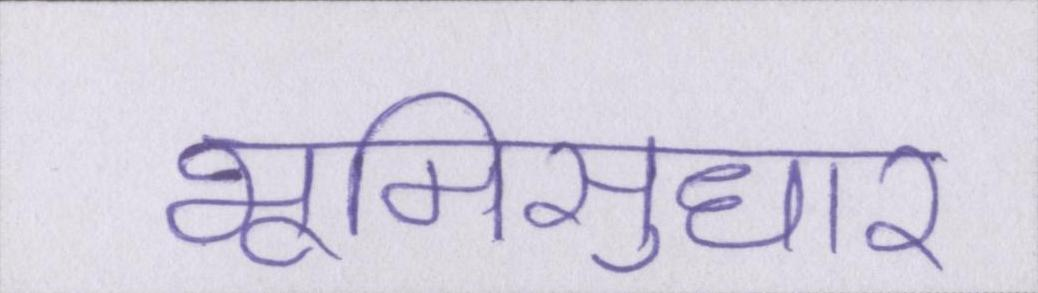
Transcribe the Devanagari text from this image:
भूमिसुधार